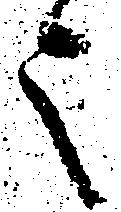
之